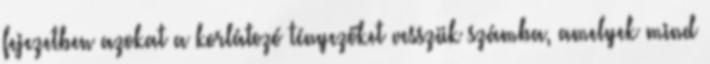
fejezetben azokat a korlátozó tényezőket vesszük számba, amelyek mind